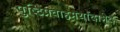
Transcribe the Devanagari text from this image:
पुष्टिप्रवाहमर्यादाभेद